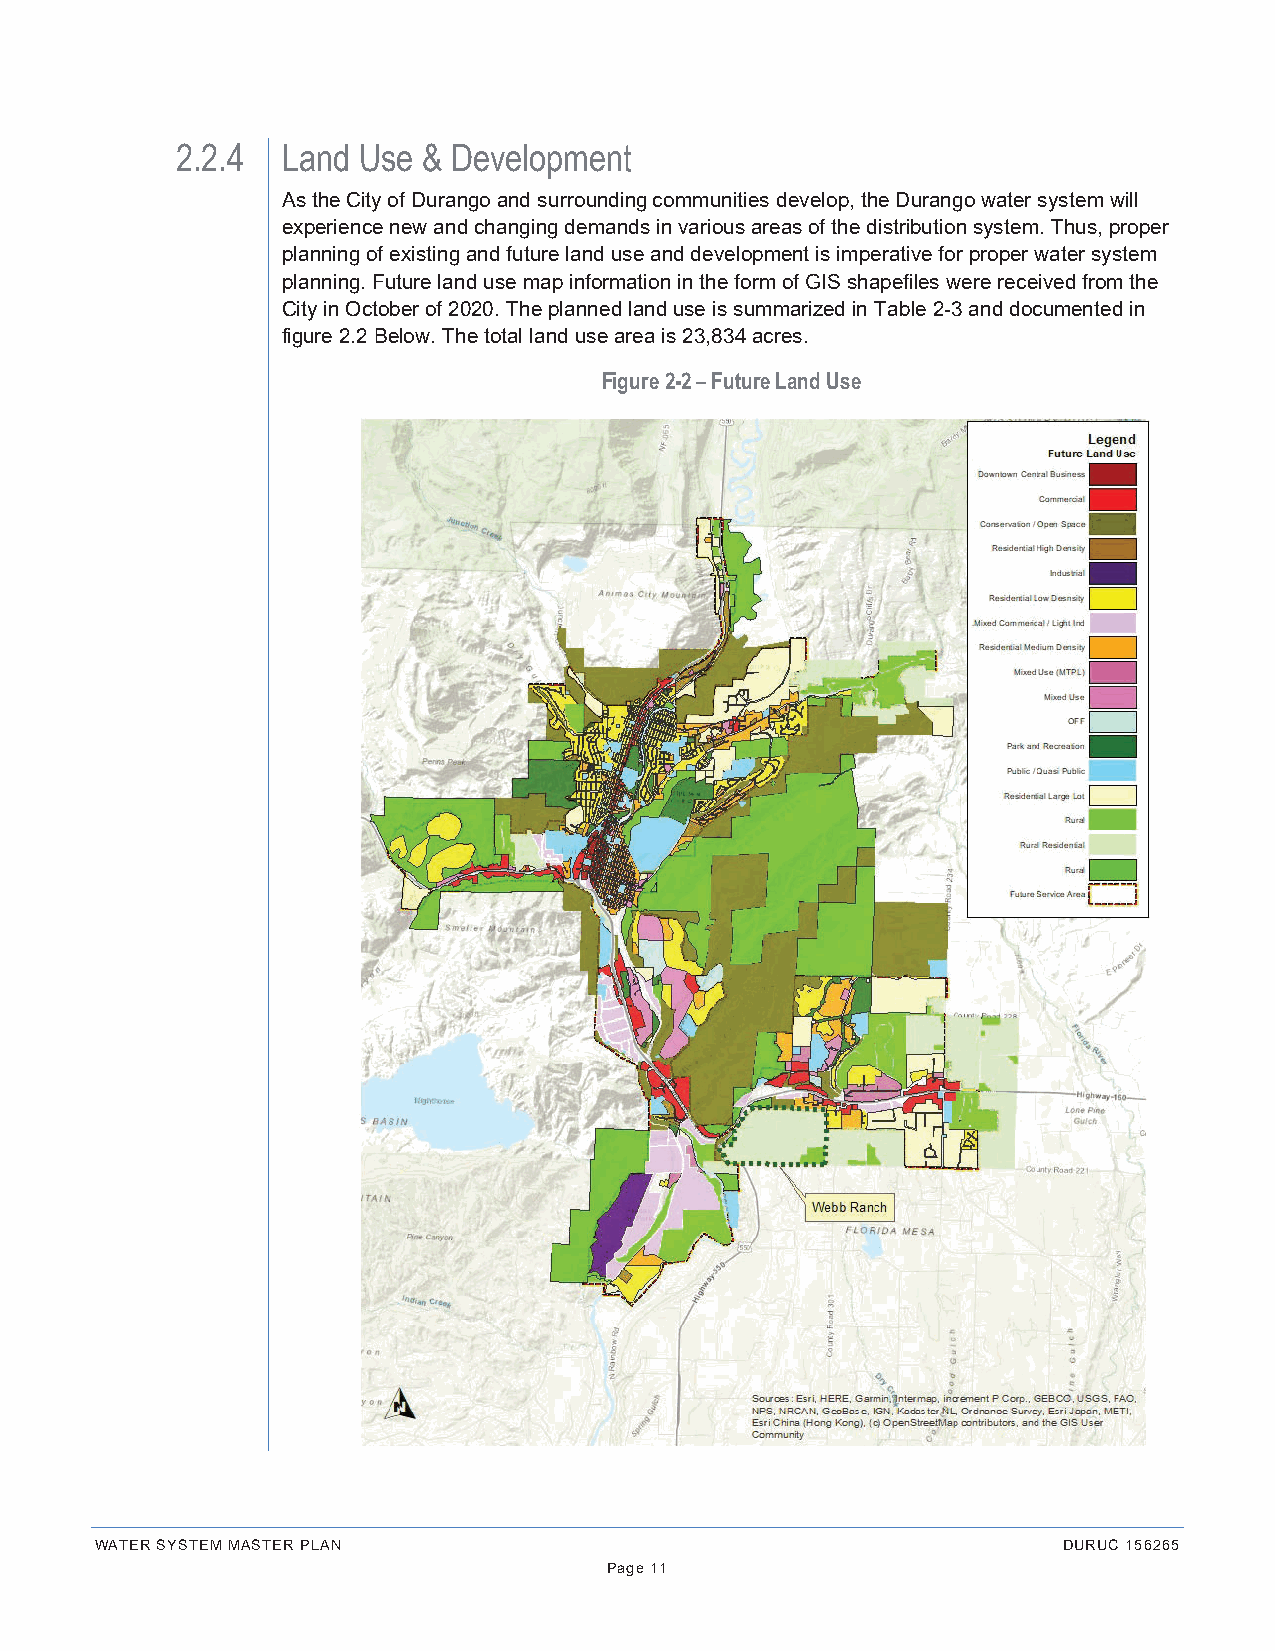
2.2.4  Land Use & Development
 As the City of Durango and surrounding communities develop, the Durango water system will
 experience new and changing demands in various areas of the distribution system. Thus, proper
 planning of existing and future land use and development is imperative for proper water system
 planning. Future land use map information in the form of GIS shapefiles were received from the
 City in October of 2020. The planned land use is summarized in Table 2-3 and documented in
 figure 2.2 Below. The total land use area is 23,834 acres.
 Figure 2-2 – Future Land Use
 WATER SYSTEM MASTER PLAN                                        DURUC 156265
 Page 11